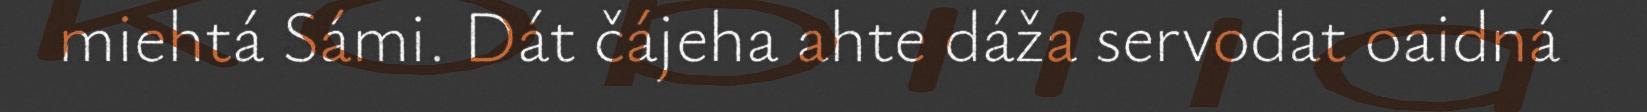
miehtá Sámi. Dát čájeha ahte dáža servodat oaidná